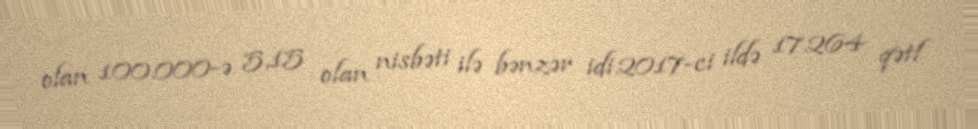
olan 100.000-ə 5,15 olan nisbəti ilə bənzər idi.2017-ci ildə 17.264 qətl